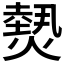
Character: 𤎮